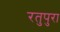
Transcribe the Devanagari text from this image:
रतुपुरा